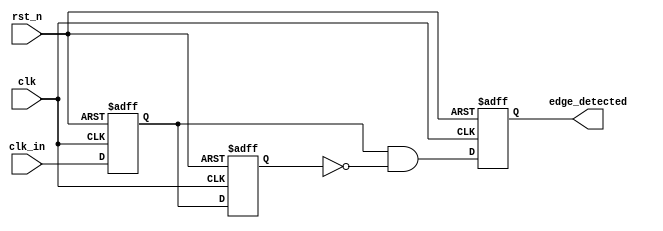
module rising_edge_detector (
    input wire clk,           // Clock signal
    input wire rst_n,        // Active low reset signal
    input wire clk_in,       // Input signal to detect rising edge
    output reg edge_detected  // Output signal for edge detection
);

// Registers to hold previous and current states of the input signal
reg clk_in_prev;
reg clk_in_curr;

// Sequential logic to sample the input signal at the rising edge of the clock
always @(posedge clk or negedge rst_n) begin
    if (!rst_n) begin
        // Reset condition
        clk_in_prev <= 1'b0;
        clk_in_curr <= 1'b0;
        edge_detected <= 1'b0;
    end else begin
        // Update the current state with the input signal
        clk_in_curr <= clk_in;

        // Generate edge detection signal
        edge_detected <= (clk_in_curr && !clk_in_prev); // High for one clock cycle if rising edge detected

        // Update the previous state for the next cycle
        clk_in_prev <= clk_in_curr;
    end
end

endmodule